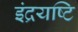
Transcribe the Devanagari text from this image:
इंद्रयष्टि